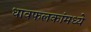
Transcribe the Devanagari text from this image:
धावफलकांमध्ये